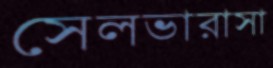
সেলভারাসা